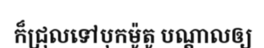
ក៏ជ្រុលទៅបុកម៉ូតូ បណ្តាលឲ្យ